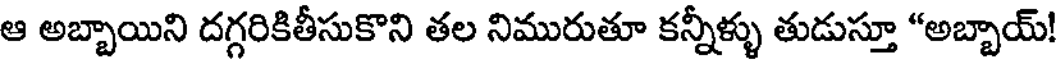
ఆ అబ్బాయిని దగ్గరికితీసుకొని తల నిమురుతూ కన్నీళ్ళు తుడుస్తూ "అబ్బాయ్!